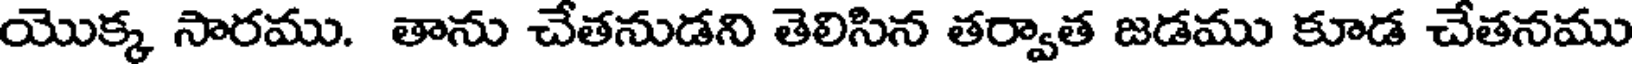
యొక్క సారము. తాను చేతనుడని తెలిసిన తర్వాత జడము కూడ చేతనము